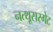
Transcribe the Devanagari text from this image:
नत्थूसरगेट